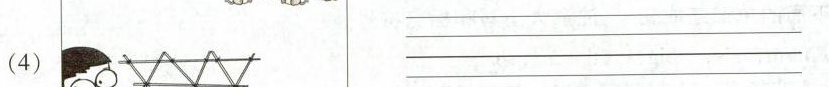
(4) ___